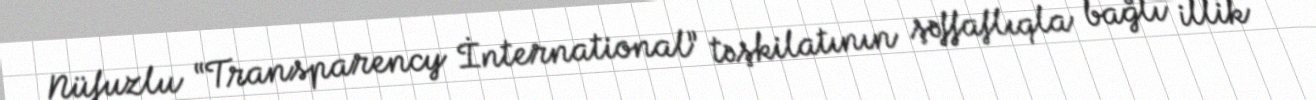
Nüfuzlu “Transparency İnternational” təşkilatının şəffaflıqla bağlı illik